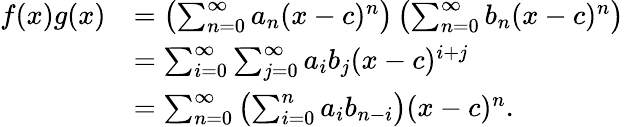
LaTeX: {\begin{array}{rl}{f(x)g(x)}&{=\left(\sum_{n=0}^{\infty}a_{n}(x-c)^{n}\right)\left(\sum_{n=0}^{\infty}b_{n}(x-c)^{n}\right)}\\ &{=\sum_{i=0}^{\infty}\sum_{j=0}^{\infty}a_{i}b_{j}(x-c)^{i+j}}\\ &{=\sum_{n=0}^{\infty}\left(\sum_{i=0}^{n}a_{i}b_{n-i}\right)(x-c)^{n}.}\end{array}}